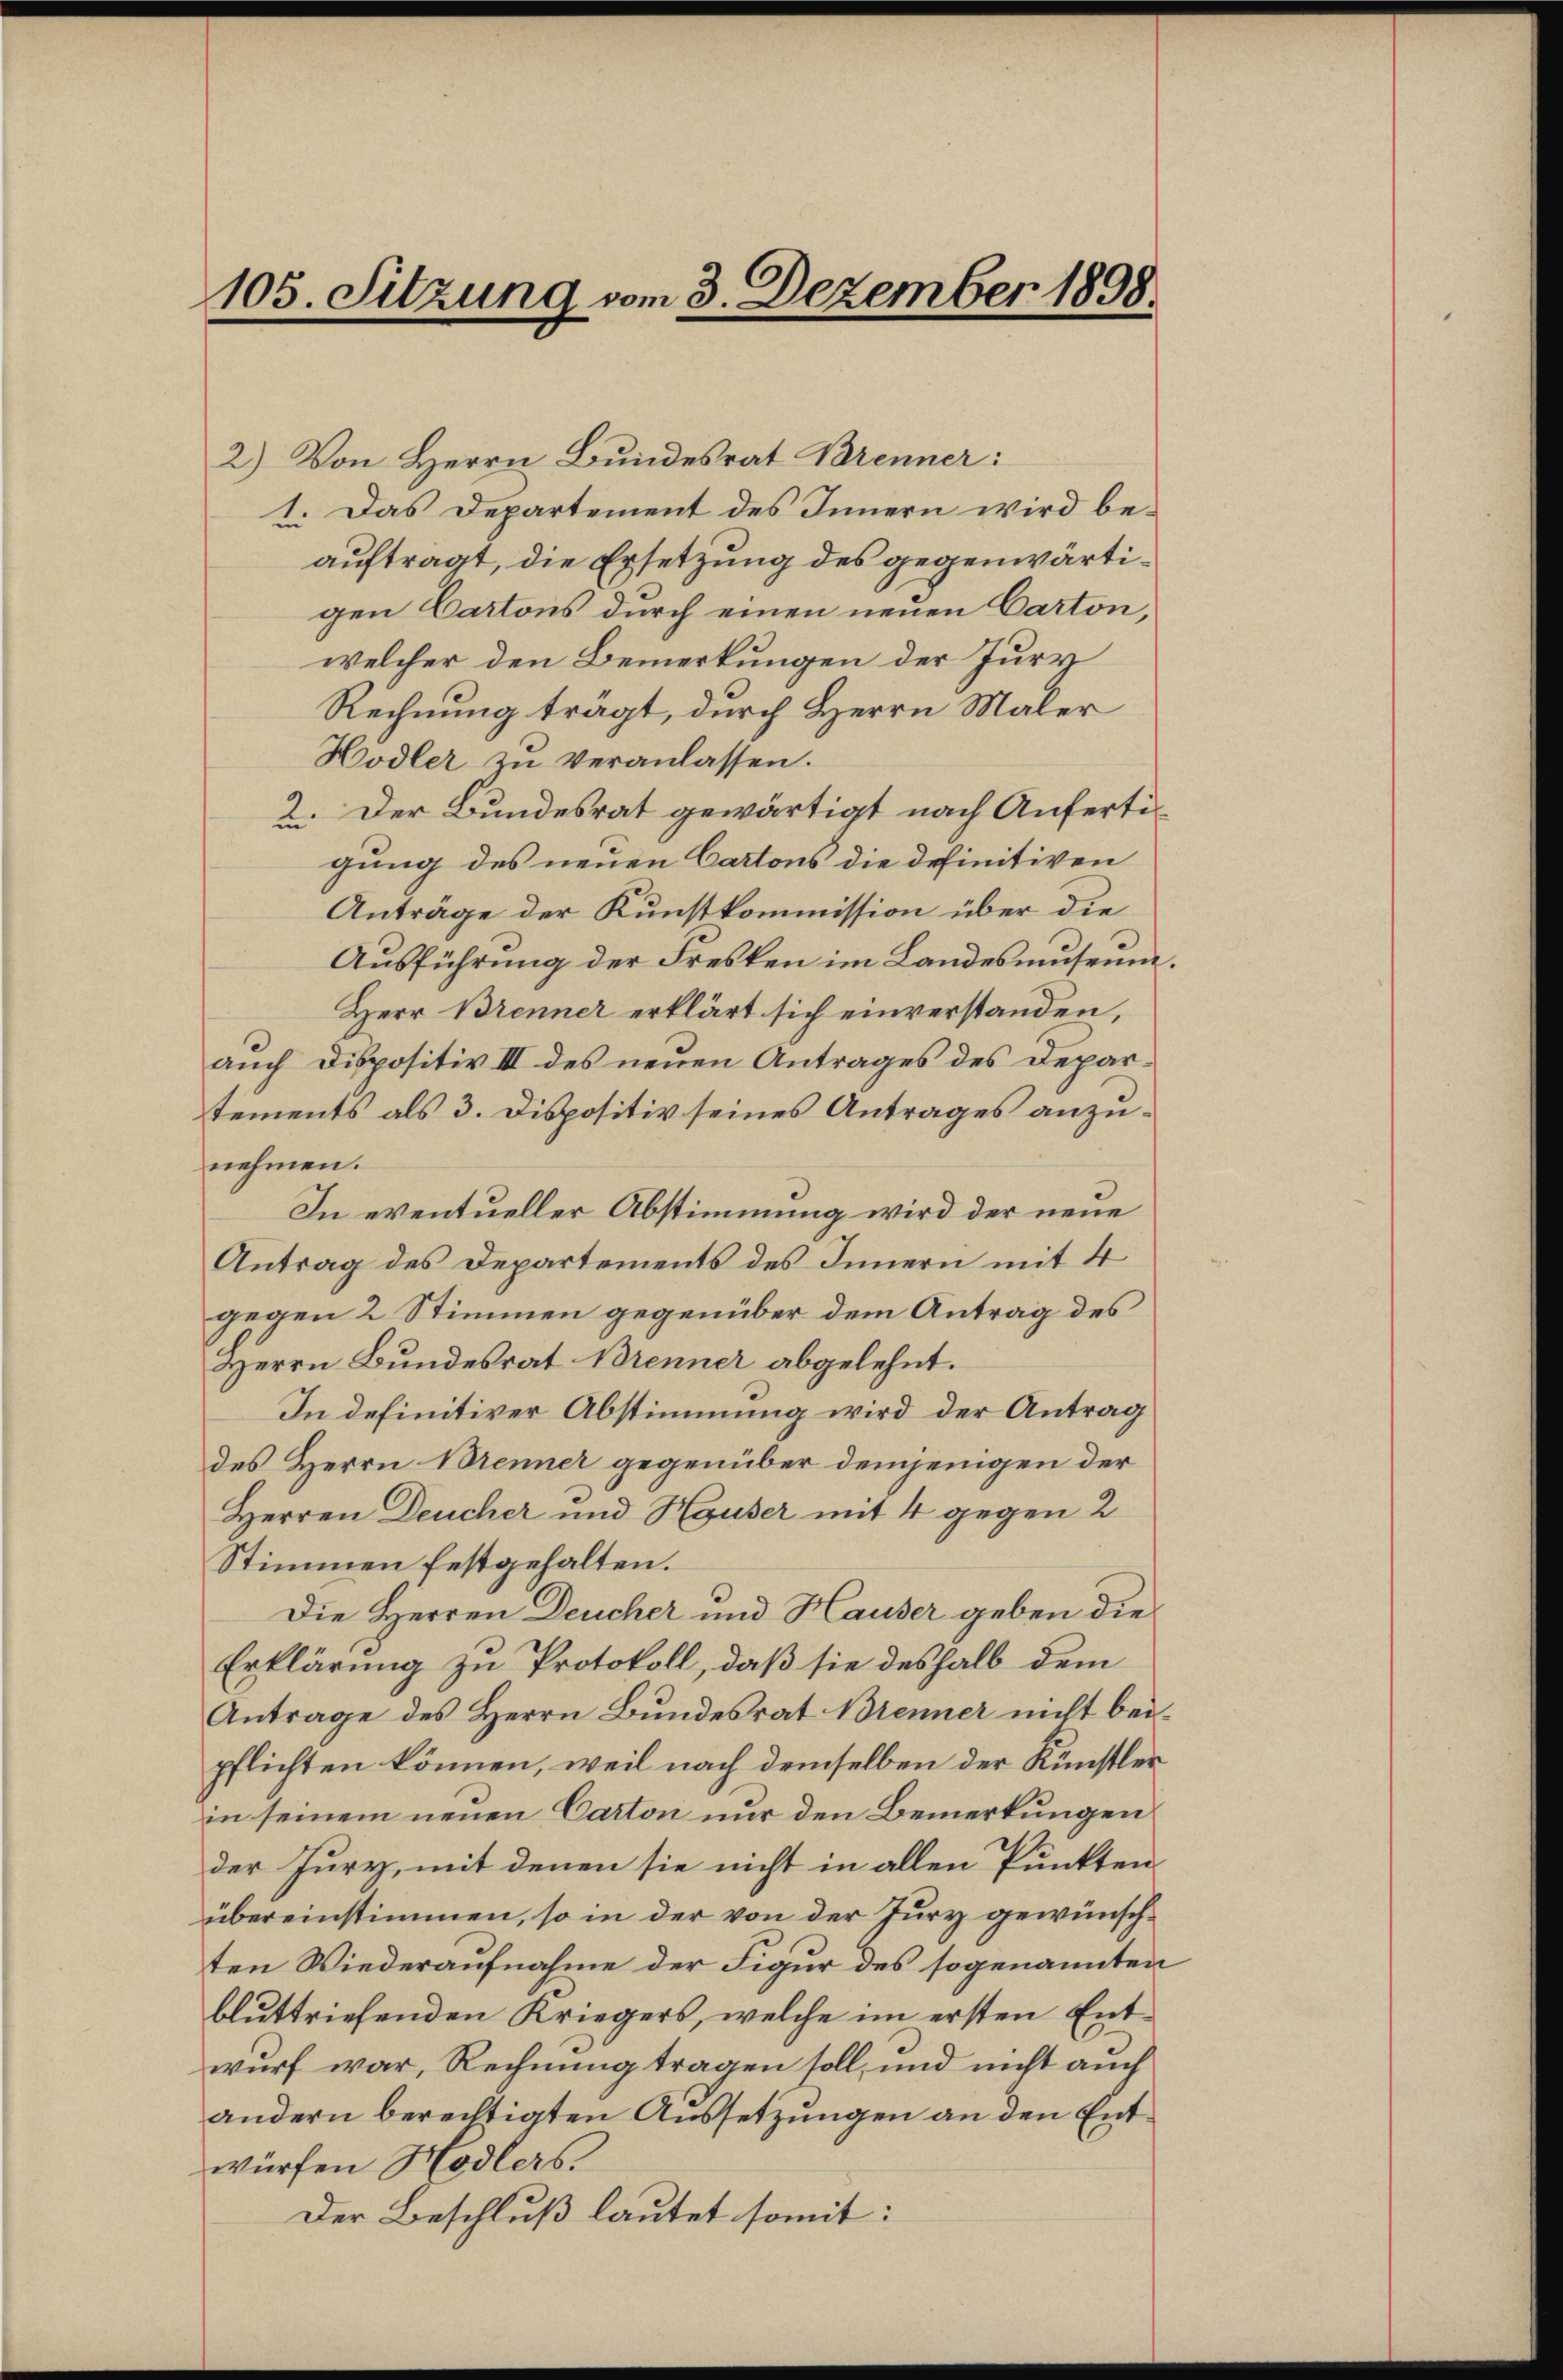
105. Sitzung vom 3. Dezember 1898.

2.) Von Herrn Bundesrat Brenner:
1. Das Departement des Innern wird beauftragt, die Ersetzung des gegenwärtigen Cartons durch einen neuen Carton,
welcher den Bemerkungen der Jury
Rechnung trägt, durch Herrn Maler
Hodler zu veranlassen.
2. Der Bundesrat gewärtigt nach Anfertigung des neuen Cartons die definitiven
Anträge der Kunstkommission über die
Ausführung der Fresken im Landesmuseum.
Herr Brenner erklärt sich einverstanden,
auch Dispositiv III des neuen Antrages des Departements als 3. Dispositiv seines Antrages anzunehmen.
In eventueller Abstimmung wird der neue
Antrag des Departements des Innern mit 4
gegen 2 Stimmen gegenüber dem Antrag des
Herrn Bundesrat Brenner abgelehnt.
In definitiver Abstimmung wird der Antrag
des Herrn Brenner gegenüber demjenigen der
Herren Deucher und Hauser mit 4 gegen 2
Stimmen festgehalten.
Die Herren Deucher und Hauser geben die
Erklärung zu Protokoll, daß sie deshalb dem
Antrage des Herrn Bundesrat Brenner nicht bei-
pflichten können, weil nach demselben der Künstler
in seinem neuen Carton nur den Bemerkungen
der Jury, mit denen sie nicht in allen Punkten
übereinstimmen, so in der von der Jury gewünschten Wiederaufnahme der Figur des sogenannten
bluttriefenden Kriegers, welche im ersten Entwurf war, Rechnung tragen soll, und nicht auch
andern berechtigten Aussetzungen an den Entwürfen Hodlers.
Der Beschluß lautet somit: